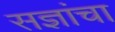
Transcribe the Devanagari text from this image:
सज्ञांचा